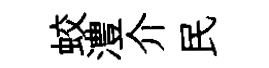
蛟澧介民